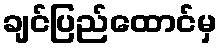
ချင်ပြည်ထောင်မှ